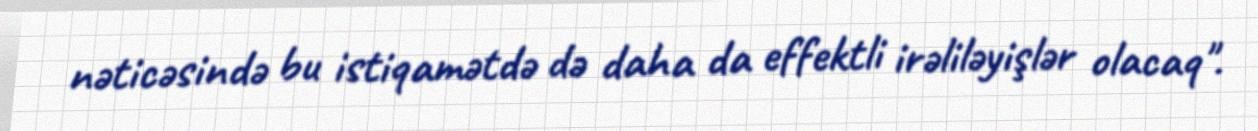
nəticəsində bu istiqamətdə də daha da effektli irəliləyişlər olacaq".